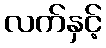
လက်နှင့်